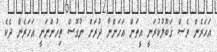
އަހަރެން ވެސް ޤަބޫލުކުރަނީ އީތަން އަހަންނާ ދުރަށް ނުގޮސް ތިހުންނަނީ އަހަރެން ދެކެ